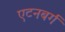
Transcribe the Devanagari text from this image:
एटनबर्ग